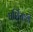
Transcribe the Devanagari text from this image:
पर्शियाशी